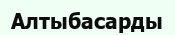
Алтыбасарды